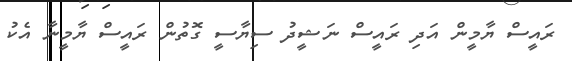
ރައީސް ޔާމީން އަދި ރައީސް ނަޝީދު ސިޔާސީ ގޮތުން ރައީސް ޔާމީނާ އެކު